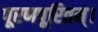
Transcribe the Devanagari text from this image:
पूरणपूरितम्।